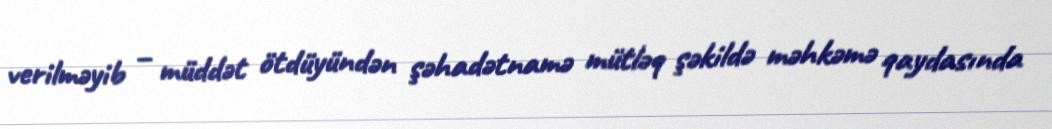
verilməyib – müddət ötdüyündən şəhadətnamə mütləq şəkildə məhkəmə qaydasında